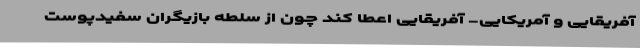
آفریقایی و آمریکایی- آفریقایی اعطا کند چون از سلطه بازیگران سفیدپوست